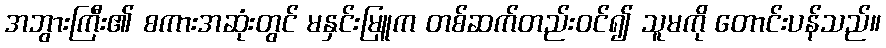
အဘွားကြီး၏ စကားအဆုံးတွင် မနှင်းမြူက တစ်ဆက်တည်းဝင်၍ သူမကို တောင်းပန်သည်။